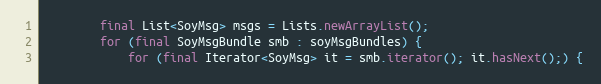
Language: Java
        final List<SoyMsg> msgs = Lists.newArrayList();
        for (final SoyMsgBundle smb : soyMsgBundles) {
            for (final Iterator<SoyMsg> it = smb.iterator(); it.hasNext();) {